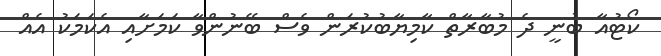
ކޯޓުއާ ބުނީ ދެ މުބާރާތް ކާމިޔާބުކުރަން ވެސް ބޭނުންވާ ކަމަށާއި އެކަމަކު އެއް